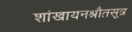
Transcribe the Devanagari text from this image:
शांखायनश्रौतसूत्र